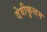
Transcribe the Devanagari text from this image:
देवीकुलम